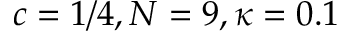
c = 1 / 4 , N = 9 , \kappa = 0 . 1